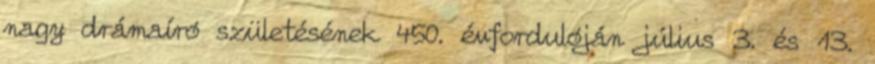
nagy drámaíró születésének 450. évfordulóján július 3. és 13.